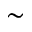
\sim